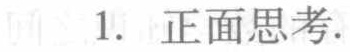
1. 正面思考.